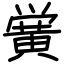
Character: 黉